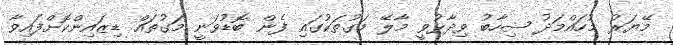
މޭޔަރު މުހައްމަދު ޝިހާބު ވިދާޅުވީ މާލޭ މަގުތަކުގައި ފެން ބޮޑުވަނީ މަގުތައް ޑިޒައިންކޮށްފައިވާ